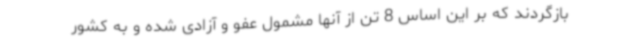
بازگردند که بر این اساس 8 تن از آنها مشمول عفو و آزادی شده و به کشور